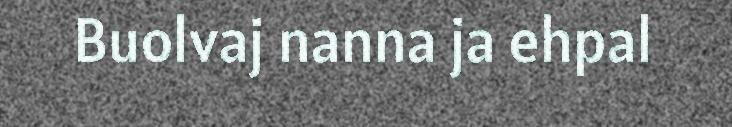
Buolvaj nanna ja ehpal